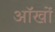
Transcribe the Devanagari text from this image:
ऑखों